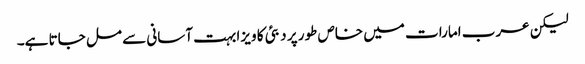
لیکن عرب امارات میں خاص طور پر دبئی کا ویزا بہت آسانی سے مل جاتا ہے۔